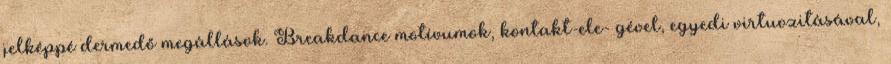
jelképpé dermedő megállások. Breakdance motívumok, kontakt-ele- gével, egyedi virtuozitásával,